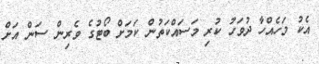
އެކު މަހެއްހާ ދުވަހު ކުރި މަސައްކަތުން ކަމަށް ބޯޓުގެ ވެރިން ސަން އަށް